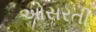
ઓસરતી